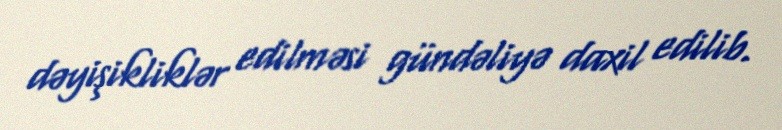
dəyişikliklər edilməsi gündəliyə daxil edilib.